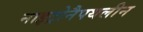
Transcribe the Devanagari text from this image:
नाइट्रोनैपथलीन